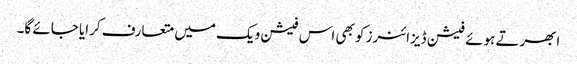
ابھرتے ہوئے فیشن ڈیزائنرز کو بھی اس فیشن ویک میں متعارف کرایا جائے گا۔